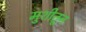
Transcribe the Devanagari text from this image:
मुशीतून